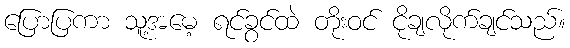
ပြောပြကာ သူ့အမေ့ ရင်ခွင်ထဲ တိုးဝင် ငိုချလိုက်ချင်သည်။